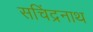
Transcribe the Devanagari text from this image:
सचिंद्रनाथ